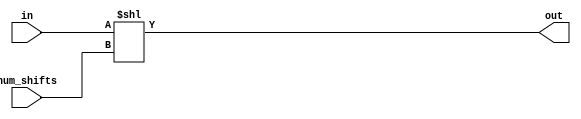
module shl32 (in, num_shifts, out);
	input wire signed [31:0] in;
	input wire [31:0] num_shifts;
	output reg signed[31:0] out;
	
	always @(*) begin
		out[31:0] = in<<num_shifts;
	end
endmodule